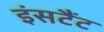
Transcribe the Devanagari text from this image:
इंसटैंट